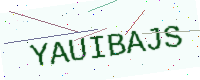
Text: YAUIBAJS